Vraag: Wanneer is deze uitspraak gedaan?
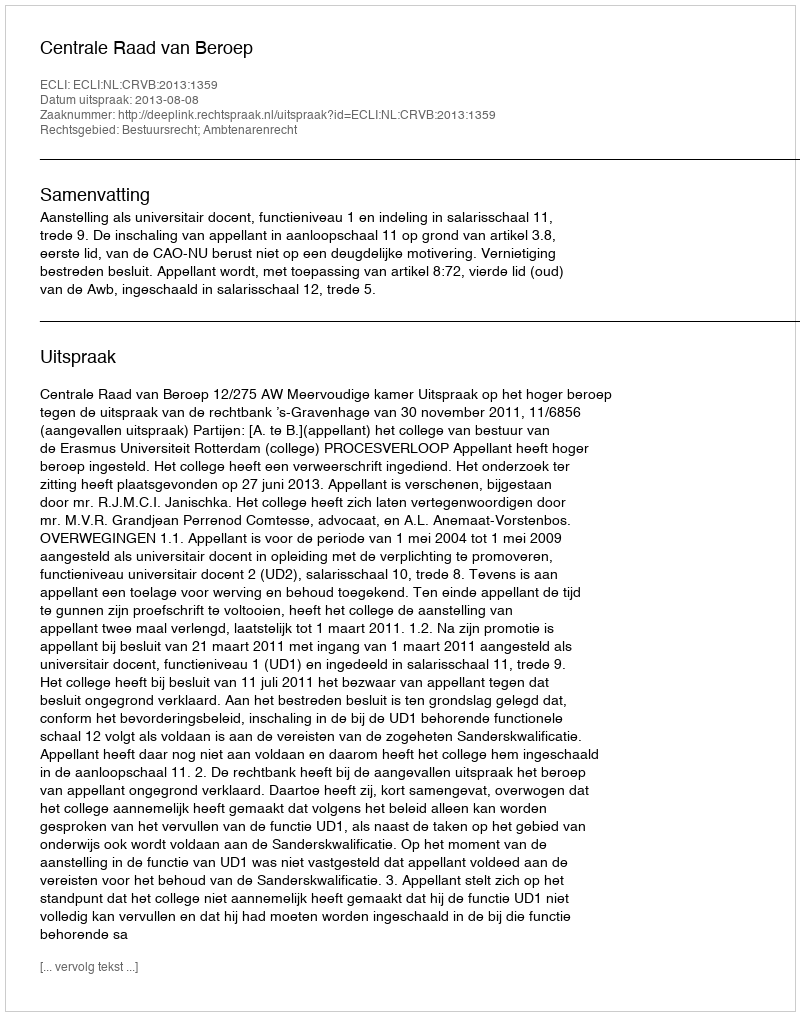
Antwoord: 2013-08-08